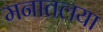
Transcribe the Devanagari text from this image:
मनातलया